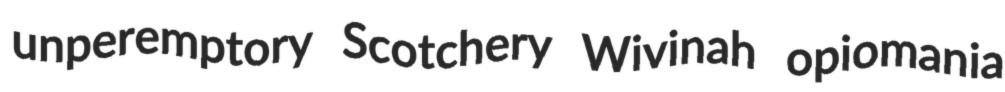
unperemptory Scotchery Wivinah opiomania